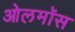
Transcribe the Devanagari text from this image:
ओलमॉस